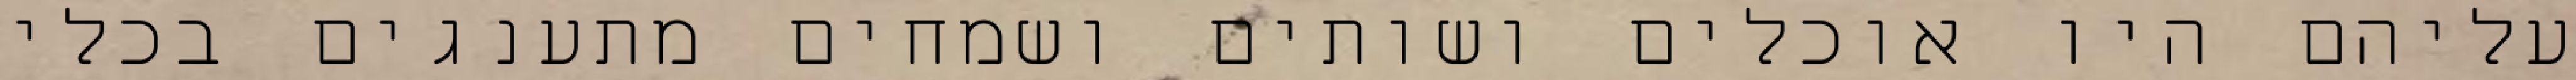
עליהם היו אוכלים ושותים ושמחים מתענגים בכלי